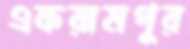
একরামপুর